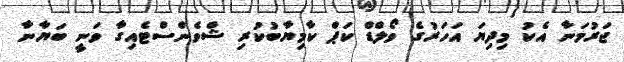
ޖަރުމަނާ އެކު މިދިޔަ އަހަރުގެ ވޯލްޑް ކަޕް ކާމިޔާބުކުރި ޝްވެންސްޓެއިގާ ވަނީ ބަޔާނާ